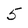
Character: 5